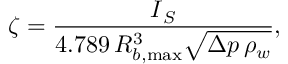
\boldsymbol { \zeta } = \frac { \boldsymbol { I } _ { S } } { 4 . 7 8 9 \, R _ { b , \operatorname* { m a x } } ^ { 3 } \sqrt { \upDelta p \, \rho _ { w } } } ,